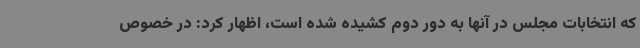
که انتخابات مجلس در آنها به دور دوم کشیده شده است، اظهار کرد: در خصوص